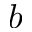
b